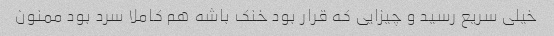
خیلی سریع رسید و چیزایی که قرار بود خنک باشه هم کاملا سرد بود ممنون